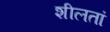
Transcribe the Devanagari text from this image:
शीलतां